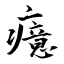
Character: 癔